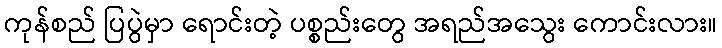
ကုန်စည် ပြပွဲမှာ ရောင်းတဲ့ ပစ္စည်းတွေ အရည်အသွေး ကောင်းလား။